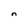
Character: n